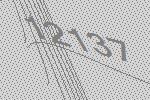
12137